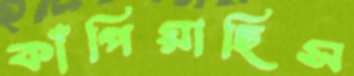
কাঁপিয়াছিস